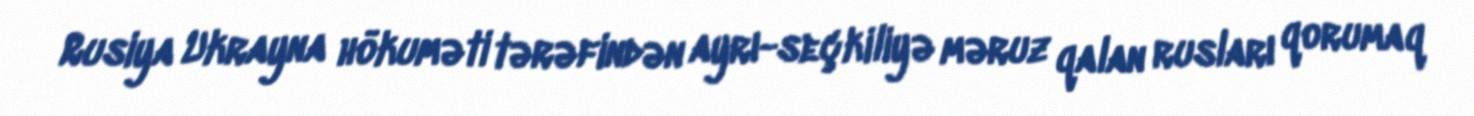
Rusiya Ukrayna hökuməti tərəfindən ayrı-seçkiliyə məruz qalan rusları qorumaq